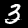
Digit: 3